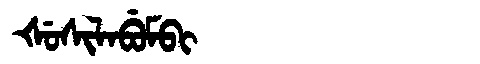
Manchu: ᡧᡠᠰᡳᠯᠠᠪᡠᠮᠪᡳ
Romanization: ŠUSILABUMBI